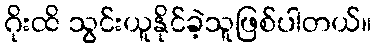
ဂိုးထိ သွင်းယူနိုင်ခဲ့သူဖြစ်ပါတယ်။